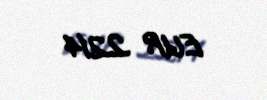
EUR 2214